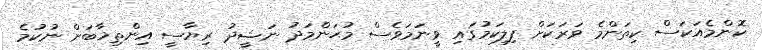
ކޮންމެއަކަސް ކިތަންމެ ވަރަކަށް ފިލިކަމުގައި ވީނަމަވެސް މުޙަންމަދު ނަޝީދު ރިޔާސީ އިންތިޚާބަށް ނުކުމެ